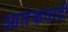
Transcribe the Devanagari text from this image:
आतंंकवादी